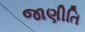
જાણીતિ